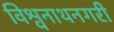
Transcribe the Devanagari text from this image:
विश्वनाथनगरी